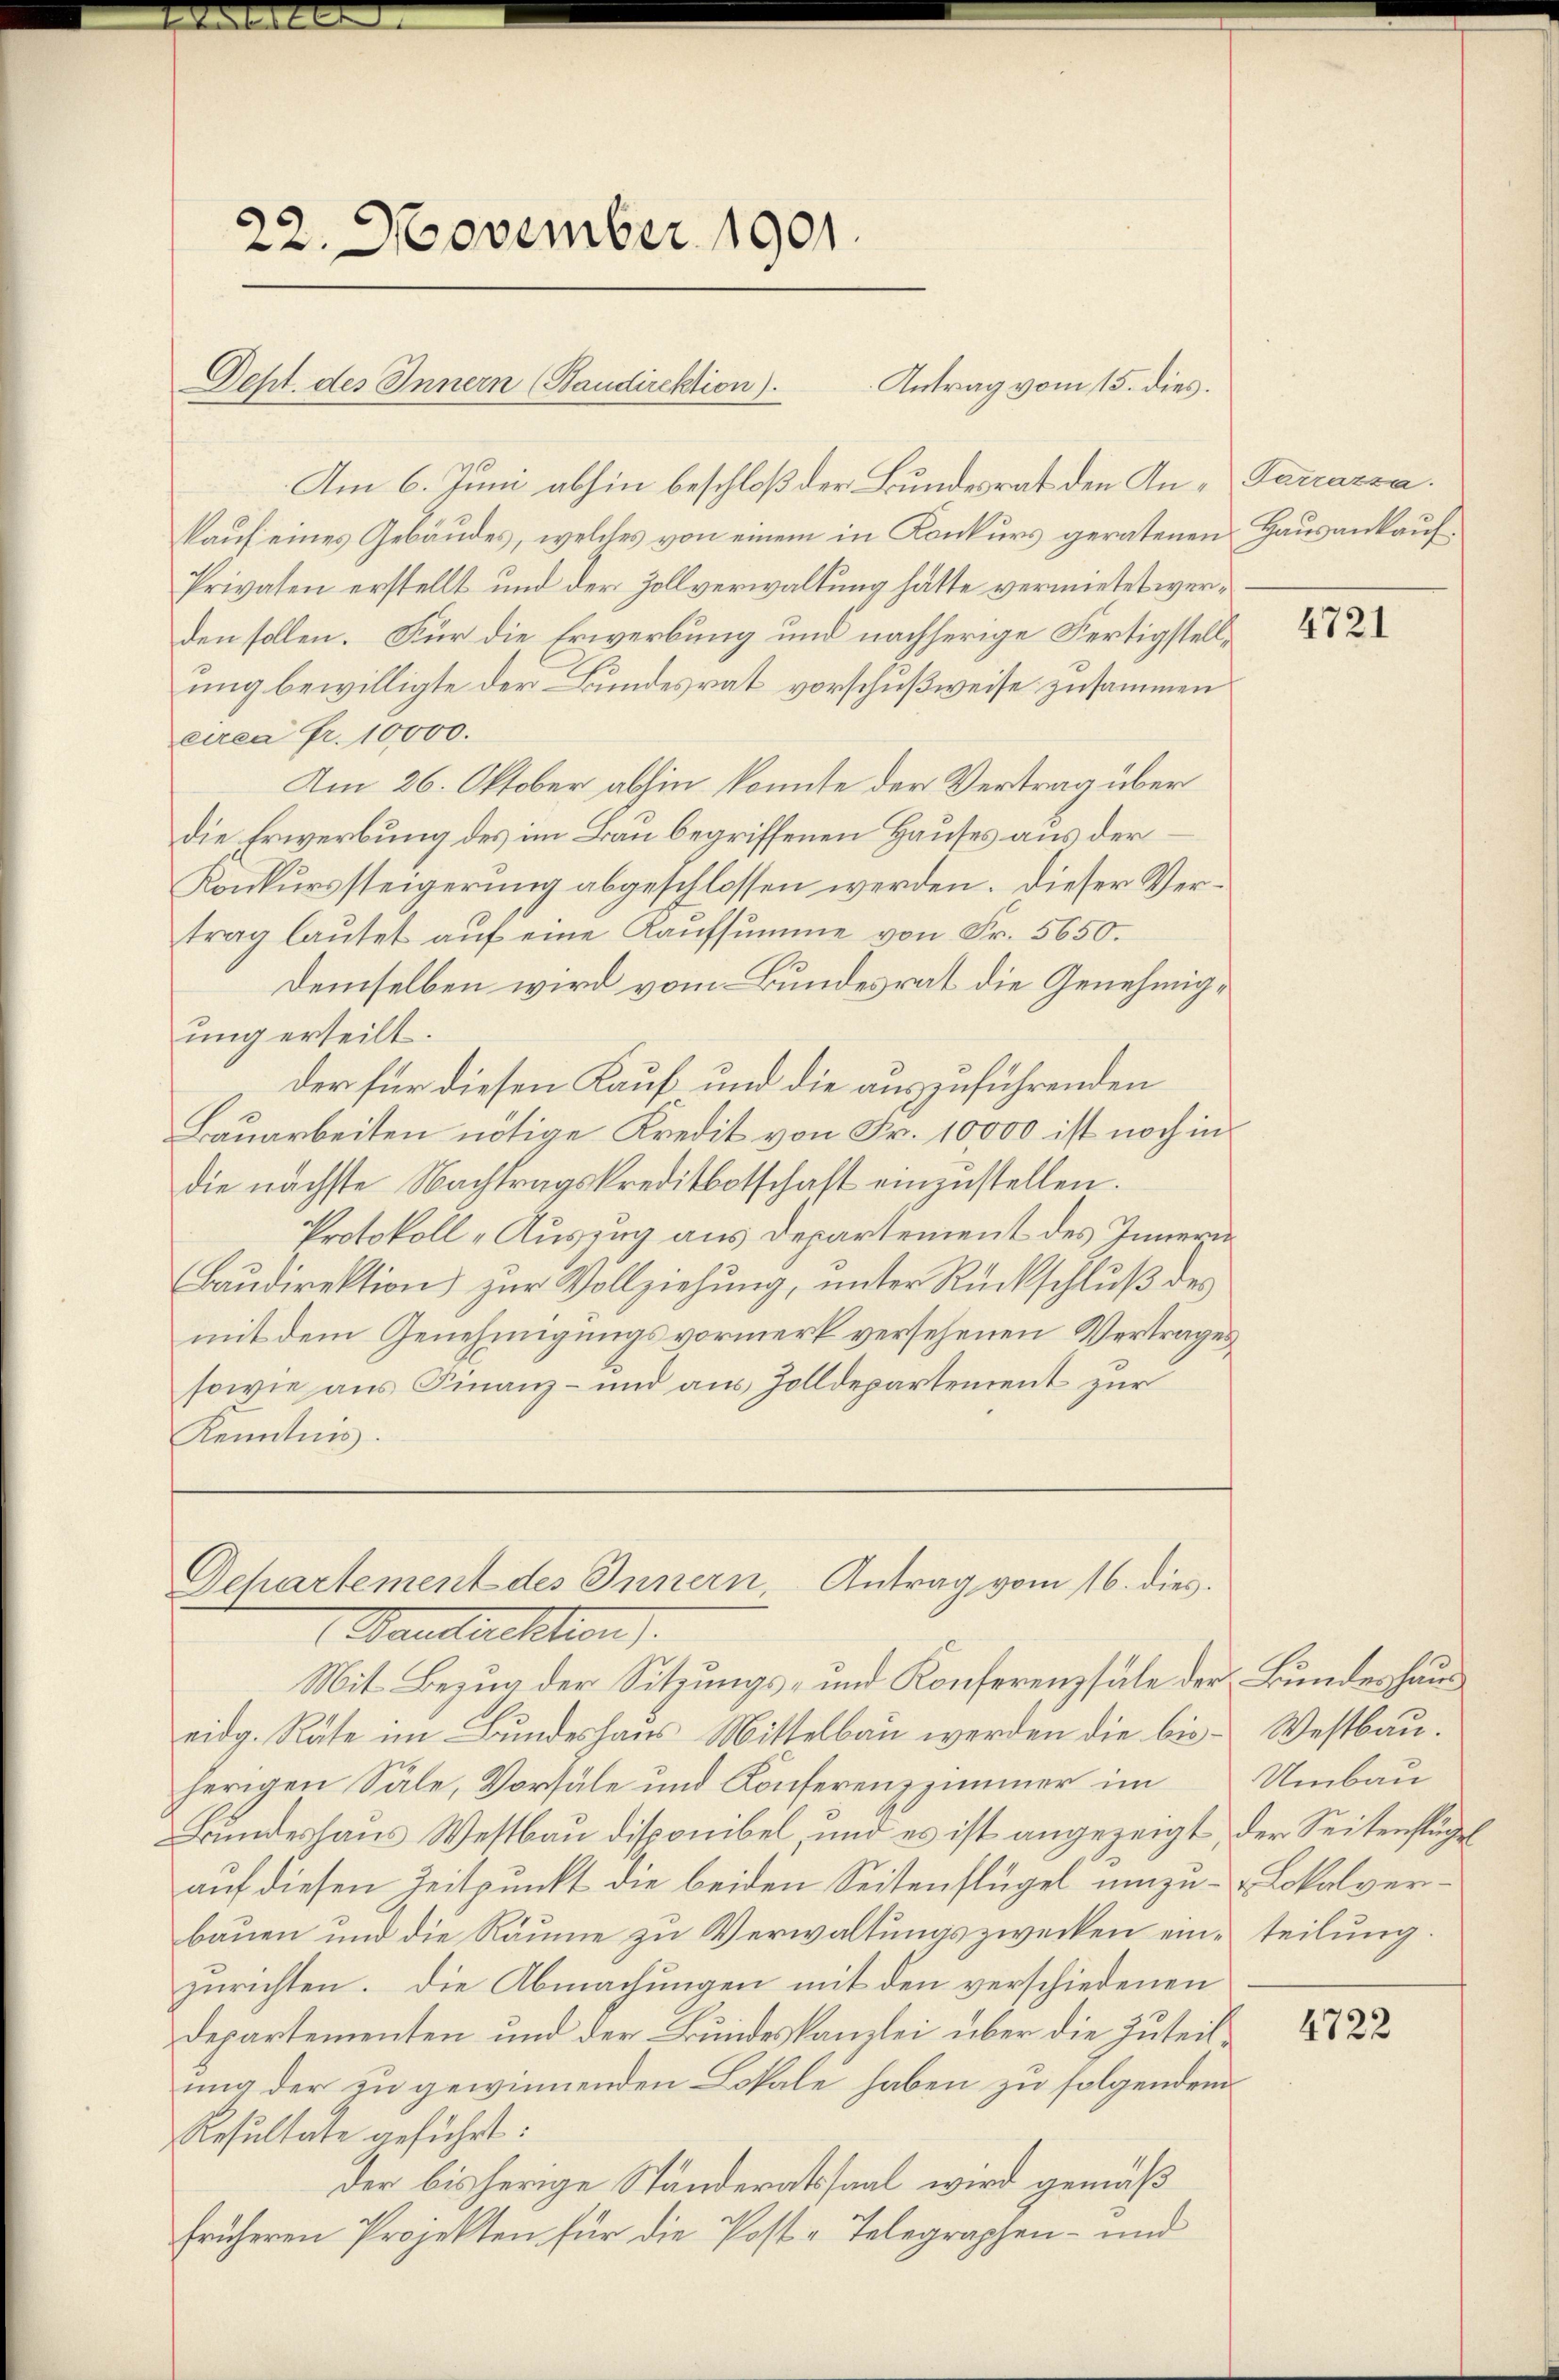
22. November 1901.

Antrag vom 15. dies.
Am 6. Juni abhin beschloß der Bundesrat den An- Tarcassa.
kauf eines Gebäudes, welches von einem in Konkurs geratenen Hausankauf¬
Privaten erstellt und der Zollverwaltung hätte vermietet werden sollen. Für die Erwerbung und nachherige Fertigstellung bewilligte der Bundesrat vorschußweise zusammen
circa Fr. 10,000.
Am 26. Oktober abhin konnte der Vertrag über
die Erwerbung des im Bau begriffenen Hauses aus der
Konkurssteigerung abgeschlossen werden. Dieser Vertrag lautet auf eine Kaufsumme von Fr. 5650.
demselben wird vom Bundesrat die Genehmigung erteilt.
der für diesen Kauf und die auszuführenden
Bauarbeiten nötige Kredit von Fr. 10,000 ist noch in
die nächste Nachtragskreditbotschaft einzustellen.
Protokoll „Auszug aus Departement des Innern
Baudirektion zur Vollziehung, unter Rückschluß des
mit dem Genehmigungsvormerk versehenen Vertrages
sowie aus Finanz- und aus Zolldepartement zur
Kenntnis.

Dept. des Innern (Baudirektion).

Dchartement des Innern, Antrag vom 16. dies
Waustrektion.
Mit Bezug der Sitzungs- und Konferenzsale der Bundeshaus

eidg. Räte im Bundeshaus Mittelbau werden die bisherigen Sale, Vorsäle und Konferenzzimmer im
Bundeshaus Westbau disponibel, und es ist angezeigt der Seitenstügel
auf diesen Zeitpunkt die beiden Seitenflügel umzubauen und die Räume zu Verwaltungszwecken einzurichten. Die Abmachungen mit den verschiedenen
departementen und der Bundeskanzlei über die Zuteilung der zu gewinnenden Lokale haben zu folgendem
Resultate geführt:
der bisherige Ständeratssaal wird gemäß
früheren Projekten für die Post-Telegraphen- und

4721

Westbau.
Umbau
Blokalverteilung.

4722